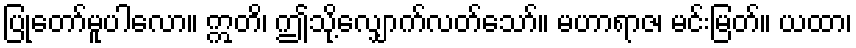
ပြုတော်မူပါလော။ ဣတိ၊ ဤသို့လျှောက်လတ်သော်။ မဟာရာဇ၊ မင်းမြတ်။ ယထာ၊